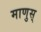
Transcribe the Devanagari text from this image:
माणुस्